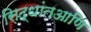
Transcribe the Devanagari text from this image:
सिद्धांतआणि